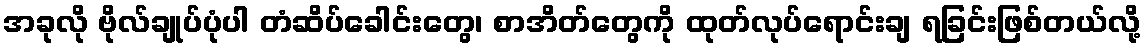
အခုလို ဗိုလ်ချုပ်ပုံပါ တံဆိပ်ခေါင်းတွေ၊ စာအိတ်တွေကို ထုတ်လုပ်ရောင်းချ ရခြင်းဖြစ်တယ်လို့